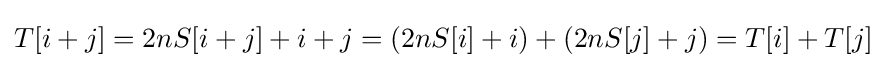
T[i+j]=2nS[i+j]+i+j=(2nS[i]+i)+(2nS[j]+j)=T[i]+T[j]